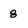
Character: 8